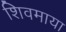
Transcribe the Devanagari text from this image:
शिवमाया